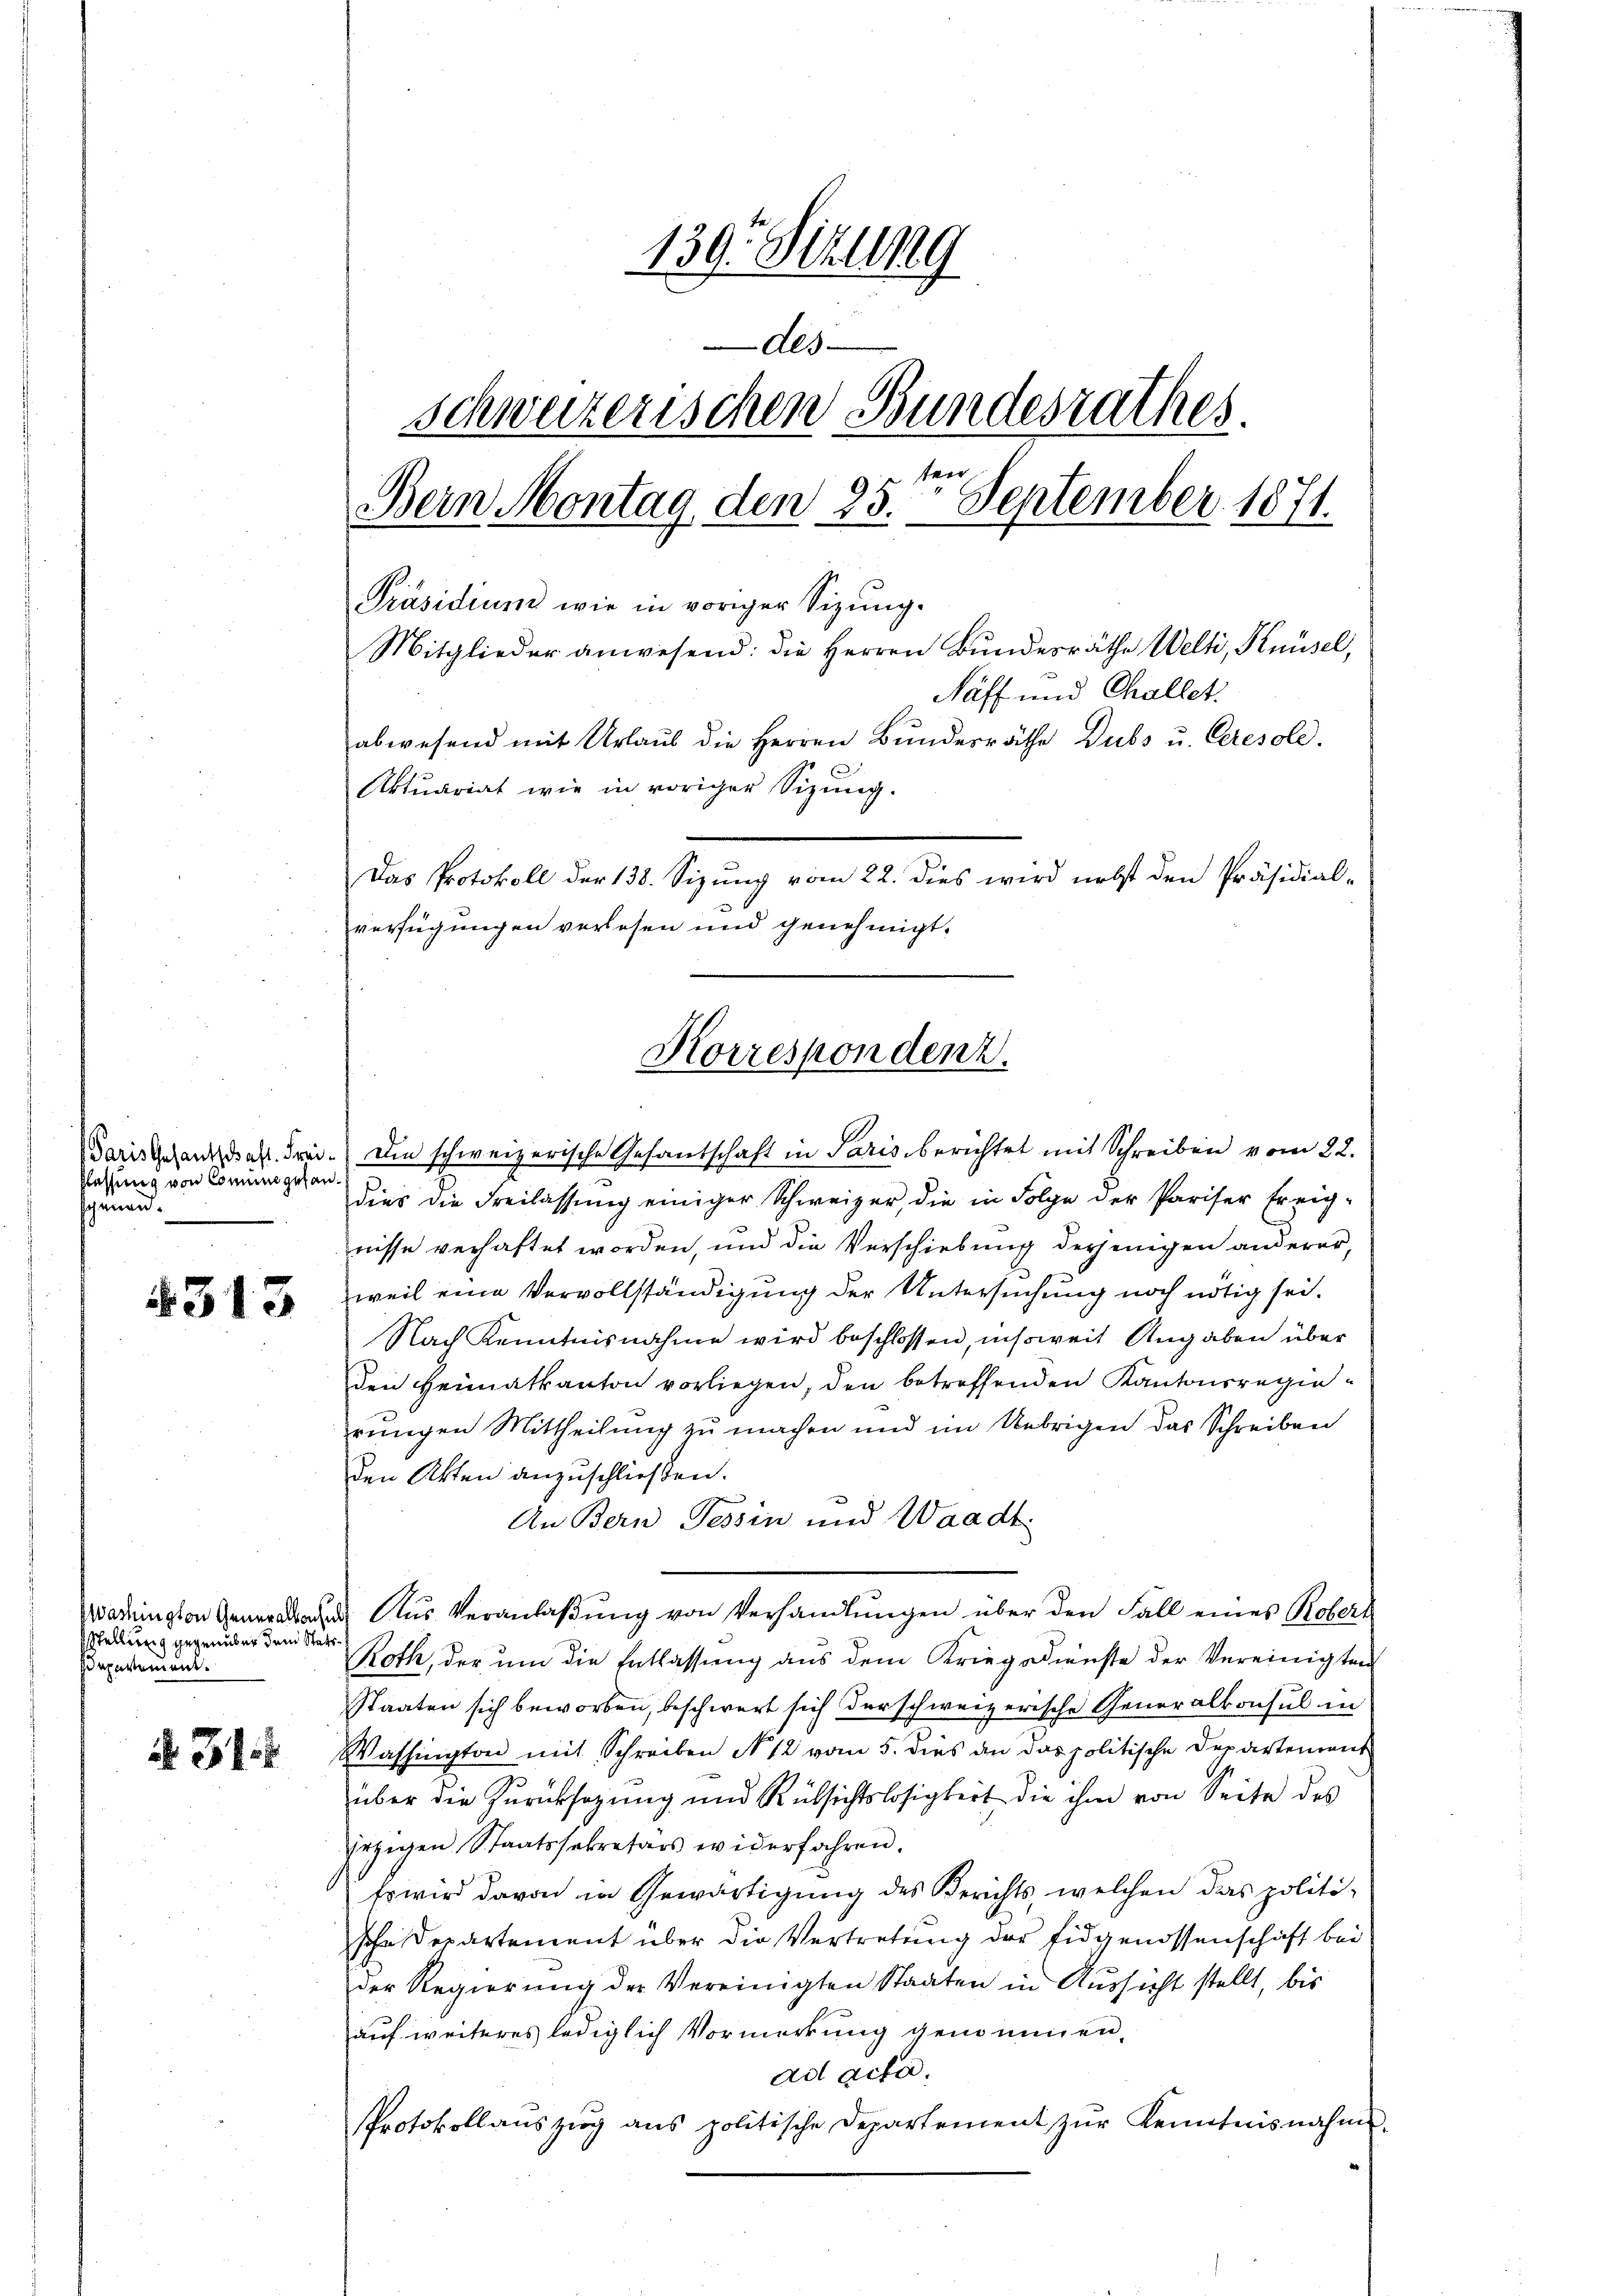
Paris Gesantschaft. Freiflassung von Commengesan
shenen.

4313

washington Generalkonsu
stellung gegenüber dem Stat
apertement.

d. 31

139. Sitzung
des
schweizerischen Bundesrathes
ten
9
Bern Montag, den 23. September 1871.
Präsidium wie in voriger Sizung.
Mitglieder anwesend: die Herren Bundesräthe Welti, Knüsel,
Näff und Challet,
abwesend mit Urlaub die Herren Bundesräthe Dubs u. Ceresold.
6
Aktuariat wie in voriger Sizung.
Das Protokoll der 138. Sizung vom 22. dies wird nebst den Präsidial-
verfügungen verlesen und genehmigt.

Korrespondenz.

Die schweizerische Gesandschaft in Paris berichtet mit Schreiben vom 22.
dies die Freilassung einiger Schweizer, die in Folge der Pariser Ereig-
nisse verhaftet worden, und die Verschiebung derjenigen anderer,
weil eine Vervollständigung der Untersuchung noch nötig sei.
Nach Kenntnisnahme wird beschlossen, insoweit Angaben über
den Heimatkanton vorliegen, den betreffenden Kantonsregierungen Mittheilung zu machen und im Uebrigen das Schreiben
den Akten anzuschließen.
An Bern Tessin und Waadt
u. Aŭs Veranlaβŭng von Verhandlŭngen über den Fall eines Robert
Roth, der um die Entlassung aus dem Kriegsdienste der Vereinigten
Staaten sich beworben, beschwert sich der schweizerische Generalkonsul in
Washington mit Schreiben No 12 vom 5. dies an das politische Departenannt
über die Zurücksagung und Rüksichtslosigkeit die ihm von Seite des
jezigen Staatssekretärs widerfahren.
Es wird davon in Gewärtigung des Berichts, welchen das politische Departement über die Vertretung der Eidgenossenschaft bei
der Regierung der Vereinigten Staaten in Aussicht stellt, bis
auf weiteres lediglich Vormerkung genommen,
ad acta.
Protokollaŭszŭg ans politische Departement zŭr Kenntnisnahms-